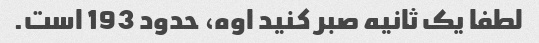
لطفا یک ثانیه صبر کنید اوه، حدود 193 است.